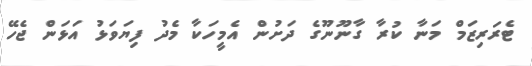
ޓެރަރިޒަމް މަނާ ކުރާ ގާނޫނޫގެ ދަށުން އެމީހަކާ މެދު ފިޔަވަޅު އަޅަން ޖެހޭ